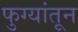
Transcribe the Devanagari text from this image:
फुग्यांतून